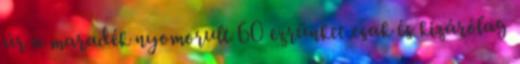
úr a maradék nyomorult 60 ezrünket csak és kizárólag